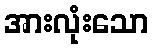
အားလုံးသော